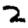
Digit: 2